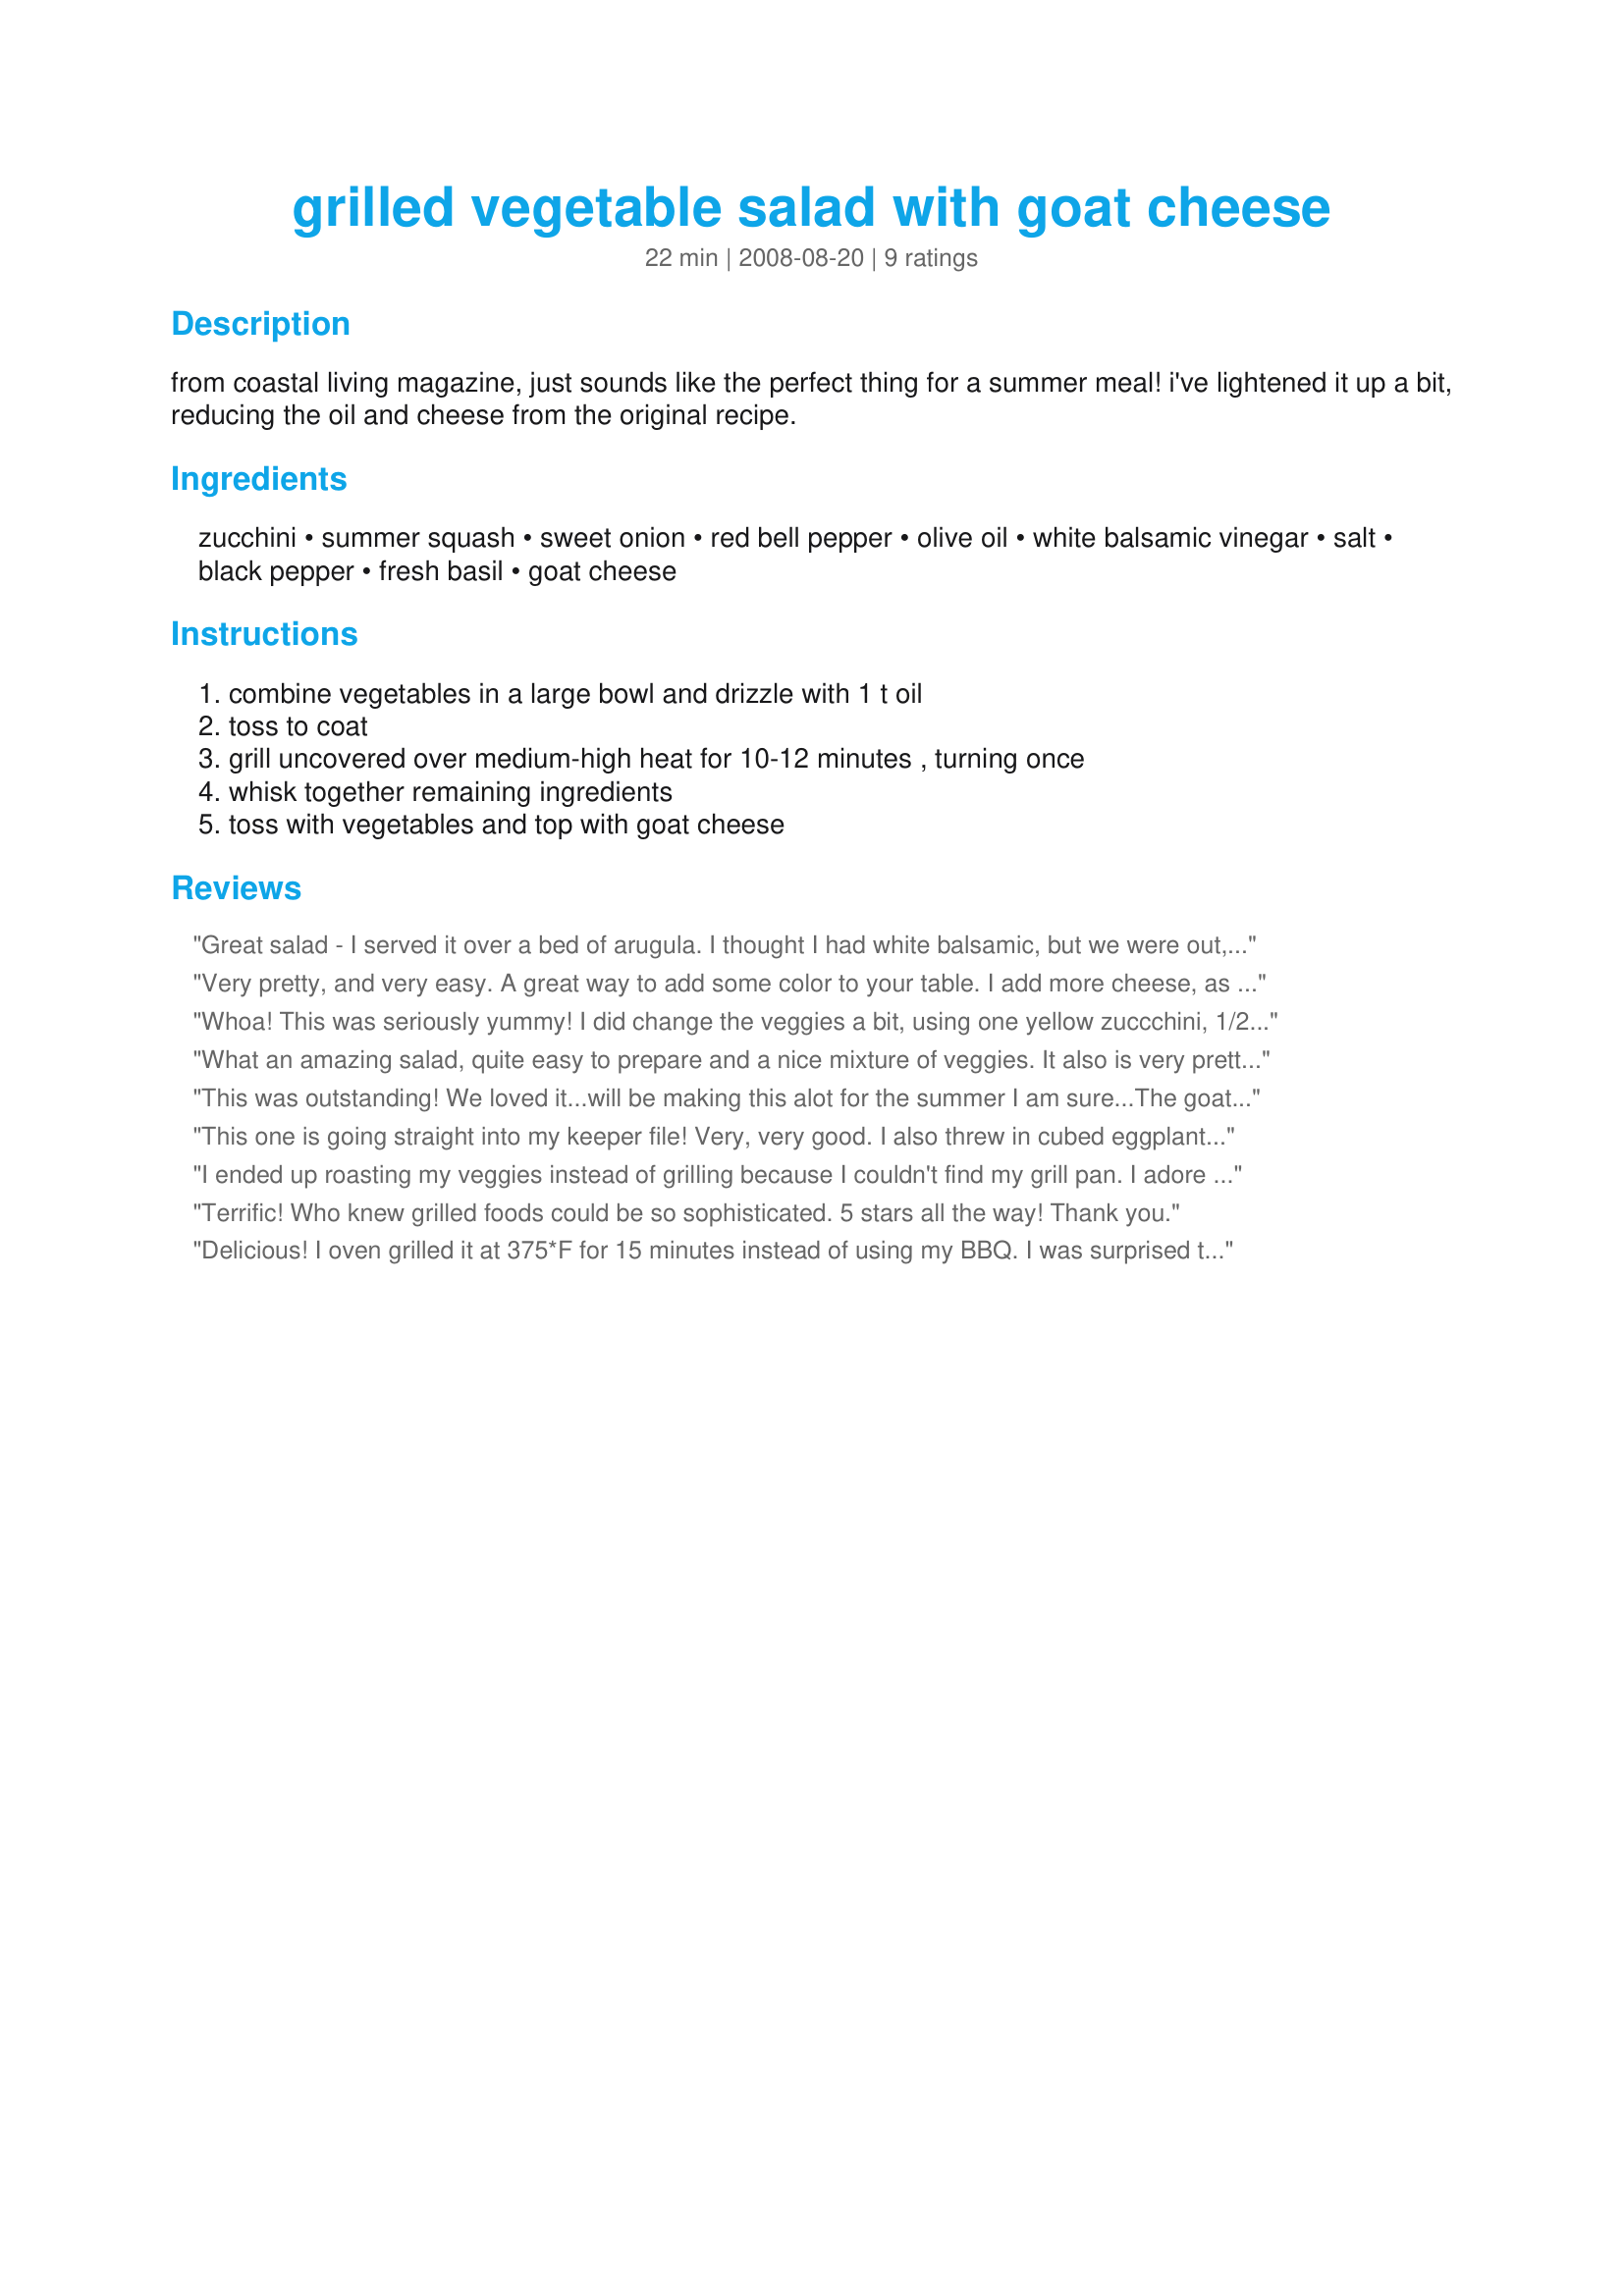
grilled vegetable salad with goat cheese
Preparation time: 22 minutes

from coastal living magazine, just sounds like the perfect thing for a summer meal! i've lightened it up a bit, reducing the oil and cheese from the original recipe.

Ingredients:
zucchini, summer squash, sweet onion, red bell pepper, olive oil, white balsamic vinegar, salt, black pepper, fresh basil, goat cheese

Steps:
combine vegetables in a large bowl and drizzle with 1 t oil, toss to coat, grill uncovered over medium-high heat for 10-12 minutes , turning once, whisk together remaining ingredients, toss with vegetables and top with goat cheese

Reviews:
Great salad - I served it over a bed of arugula. I thought I had white balsamic, but we were out, so I used regular. It was delicious; the taste definitely didn&#039;t suffer from using the dark balsamic (I think it actually gave it a richer better flavor).
Very pretty, and very easy. A great way to add some color to your table. I add more cheese, as the amount specified didn't really go very far. I really like that this uses the white balsamic, so that the bright color of the veggies shows through. I'll definitely make this again, it'll be a great summer side dish when all of the veggies are in season.
Whoa! This was seriously yummy! I did change the veggies a bit, using one yellow zuccchini, 1/2 each of yellow, red, and orange peppers, some portabellas, and a couple of shallots. Because the portabellas would have stained the other, lighter veggies, I roasted them separate with some garlic, and then layered the veggies, followed by the goat cheese. This was a really simple, lovely salad; we'll be making this often. Made for PAC Spring '09.
What an amazing salad, quite easy to prepare and a nice mixture of veggies. It also is very pretty, I also like the addition of goat cheese.
This was outstanding! We loved it...will be making this alot for the summer I am sure...The goat cheese puts this recipe over the top.
This one is going straight into my keeper file! Very, very good. I also threw in cubed eggplant and roasted the veggies in the oven at 425 for about 40 minutes. If you oven roast, use two large pans or trays so veggies won't be crowded. Can't wait to try this on the grill. If you haven't tried white balsamic vinegar, go ahead and splurge on some. It's milder than the dark balsamic and very versatile.
I ended up roasting my veggies instead of grilling because I couldn't find my grill pan. I adore roasted veggies, though, and loved them done this way. I thought the dressing was good but found I would have preferred to eat the veggies without it. Made for ZWT8 France. Merci!
Terrific! Who knew grilled foods could be so sophisticated. 5 stars all the way! Thank you.
Delicious! I oven grilled it at 375*F for 15 minutes instead of using my BBQ. I was surprised that something so simple would be so good. For ZWT6 N.
